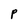
Character: P